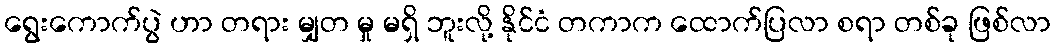
ရွေးကောက်ပွဲ ဟာ တရား မျှတ မှု မရှိ ဘူးလို့ နိုင်ငံ တကာက ထောက်ပြလာ စရာ တစ်ခု ဖြစ်လာ